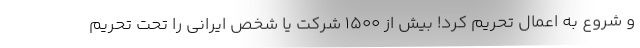
و شروع به اعمال تحریم کرد! بیش از 1500 شرکت یا شخص ایرانی را تحت تحریم